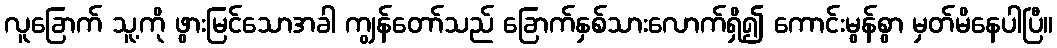
လူခြောက် သူ့ကို ဖွားမြင်သောအခါ ကျွန်တော်သည် ခြောက်နှစ်သားလောက်ရှိ၍ ကောင်းမွန်စွာ မှတ်မိနေပါပြီ။